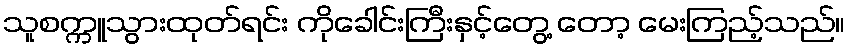
သူစက္ကူသွားထုတ်ရင်း ကိုခေါင်းကြီးနှင့်တွေ့ တော့ မေးကြည့်သည်။